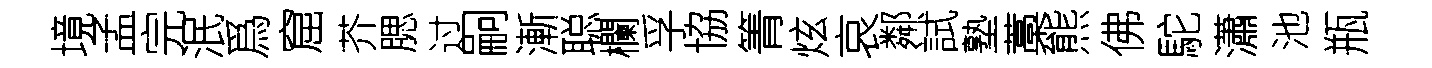
境孟完泯爲窟芥腮过嗣漸聪欄孚協箐炫哀鄰試塾藁熊佛駝瀟池瓶